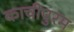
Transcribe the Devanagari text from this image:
काचीपुरम